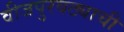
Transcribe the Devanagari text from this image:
वीजपुरवठ्याची